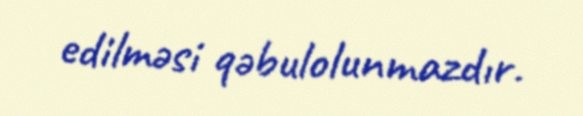
edilməsi qəbulolunmazdır.